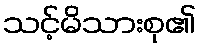
သင့်မိသားစု၏